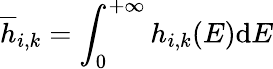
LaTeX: \overline{{h}}_{i,k}=\int_{0}^{+\infty}h_{i,k}(E)\mathrm{d}E